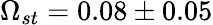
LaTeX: \Omega_{st}=0.08\pm 0.05